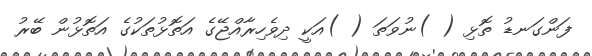
ފަންގަނޑު ތޮޅި ( )ނުވަތަ ( )އަކީ ދިވެހިރާއްޖޭގެ އަތޮޅުތަކުގެ އަތޮޅުން ބޭރު